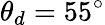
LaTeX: \theta_{d}=55^{\circ}